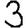
Digit: 3